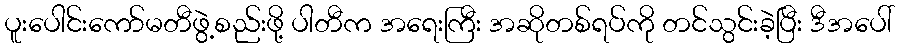
ပူးပေါင်းကော်မတီဖွဲ့စည်းဖို့ ပါတီက အရေးကြီး အဆိုတစ်ရပ်ကို တင်သွင်းခဲ့ပြီး ဒီအပေါ်